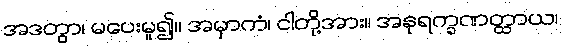
အဒတွာ၊ မပေးမူ၍။ အမှာကံ၊ ငါတို့အား။ အနုရက္ခဏတ္ထာယ၊